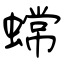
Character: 蟐